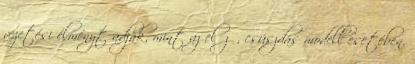
vezetési élményt adják, mint az előző, csúszdás modell esetében.